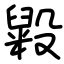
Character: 毇